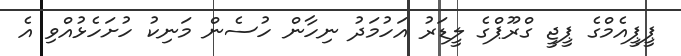
ޕީޕީއެމްގެ ޕީޖީ ގްރޫޕްގެ ލީޑަރު އަހުމަދު ނިހާން ހުސެން މަނިކު ހުށަހެޅުއްވި އެ